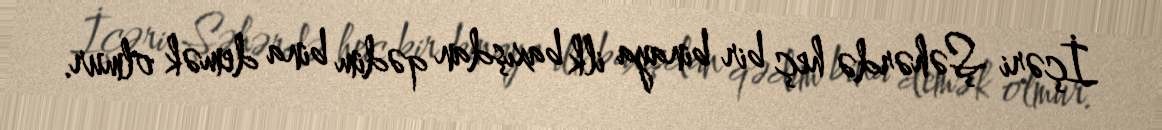
İçəri Şəhərdə heç bir binaya ilk baxışdan qədim bina demək olmur.